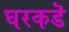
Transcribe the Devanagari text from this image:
घरकडॆ